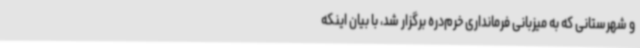
و شهرستانی که به میزبانی فرمانداری خرم‌دره برگزار شد، با بیان اینکه